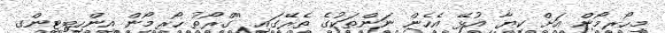
މިހޯރމޯން އަށް ކިޔާ އުޅޭ އެހެން ނަންތަކުގެ ތެރޭގައި ''ގްރޯތު ހޯރމޯން އިންހިބިޓިންގ